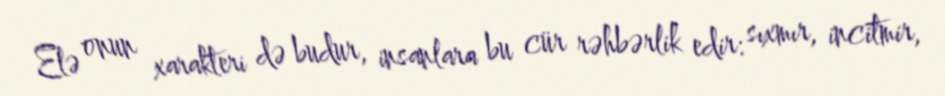
Elə onun xarakteri də budur, insanlara bu cür rəhbərlik edir: sıxmır, incitmir,